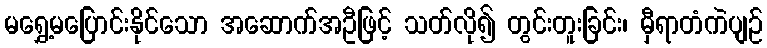
မရွှေ့မပြောင်းနိုင်သော အဆောက်အဦဖြင့် သတ်လို၍ တွင်းတူးခြင်း၊ မှီရာတံကဲပျဉ်